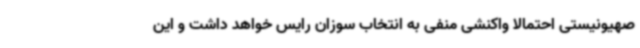
صهیونیستی احتمالا واکنشی منفی به انتخاب سوزان رایس خواهد داشت و این